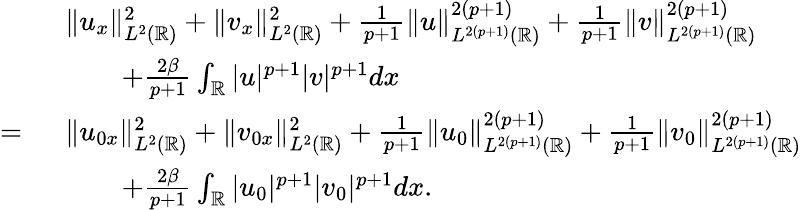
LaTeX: \begin{array}{rl}&{\| u_{x}\| _{L^{2}(\mathbb{R})}^{2}+\| v_{x}\| _{L^{2}(\mathbb{R})}^{2}+\frac{1}{p+1}\| u\| _{L^{2(p+1)}(\mathbb{R})}^{2(p+1)}+\frac{1}{p+1}\| v\| _{L^{2(p+1)}(\mathbb{R})}^{2(p+1)}}\\ &{\qquad+\frac{2\beta}{p+1}\int_{\mathbb{R}}|u|^{p+1}|v|^{p+1}dx}\\ {=\ }&{\| u_{0x}\| _{L^{2}(\mathbb{R})}^{2}+\| v_{0x}\| _{L^{2}(\mathbb{R})}^{2}+\frac{1}{p+1}\| u_{0}\| _{L^{2(p+1)}(\mathbb{R})}^{2(p+1)}+\frac{1}{p+1}\| v_{0}\| _{L^{2(p+1)}(\mathbb{R})}^{2(p+1)}}\\ &{\qquad+\frac{2\beta}{p+1}\int_{\mathbb{R}}|u_{0}|^{p+1}|v_{0}|^{p+1}dx.}\end{array}